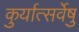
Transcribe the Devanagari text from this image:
कुर्यात्सर्वेषु